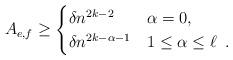
LaTeX: \begin{align*}A_{e,f} \ge \begin{cases}\delta n^{2k-2} & \alpha = 0 , \cr \delta n^{2k-\alpha-1} & 1\le \alpha \le \ell \enspace .\end{cases}\end{align*}